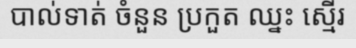
បាល់ទាត់ ចំនួន ប្រកួត ឈ្នះ ស្មើរ